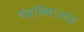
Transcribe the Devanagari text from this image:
चंद्रबिंबाआड